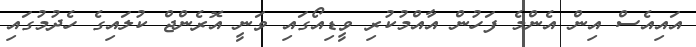
އައިއެސް އިން އެންމެ ފަހުން އާއްމުކުރި ވީޑިއޯގައި ވަނީ އޮރެންޖް ކުލައިގެ ހެދުމުގައި